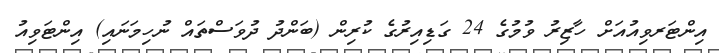
އިންޓަރވިއުއަށް ހާޒިރު ވުމުގެ 24 ގަޑިއިރުގެ ކުރިން (ބަންދު ދުވަސްތައް ނުހިމަނައި) އިންޓަވިއު